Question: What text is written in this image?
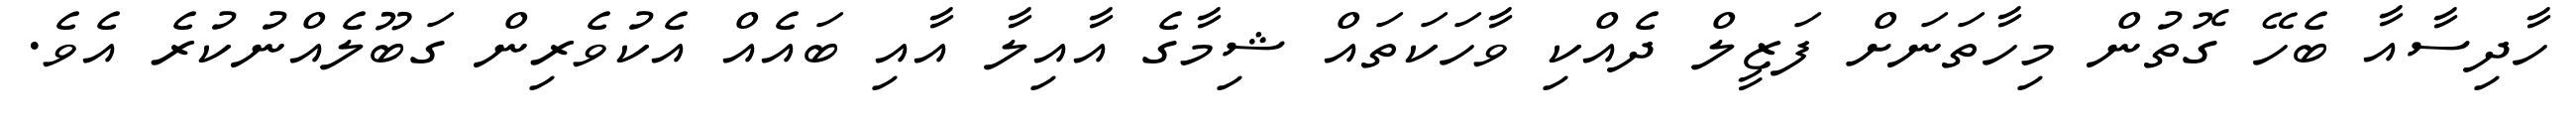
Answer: ހާދިސާއާ ބެހޭ ގޮތުން މިހާތަނަށް ފަޒީލް ދެއްކި ވާހަކަތައް ޝިމާގެ އާއިލާ އާއި ބައެއް އެކުވެރިން ގަބޫލެއްނުކުރެ އެވެ.